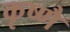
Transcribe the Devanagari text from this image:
कृष्णै